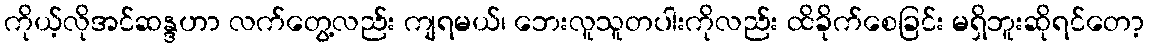
ကိုယ့်လိုအင်ဆန္ဒဟာ လက်တွေ့လည်း ကျရမယ်၊ ဘေးလူသူတပါးကိုလည်း ထိခိုက်စေခြင်း မရှိဘူးဆိုရင်တော့